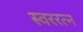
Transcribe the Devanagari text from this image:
स्वररत्न